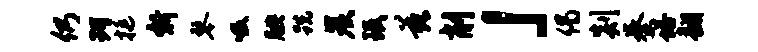
仍珂挺新琴吸腆跣炭珉兹削」偈剡秦塔翻